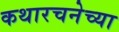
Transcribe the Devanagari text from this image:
कथारचनेच्या